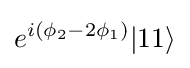
e^{i(\phi _{2}-2\phi _{1})}|11\rangle